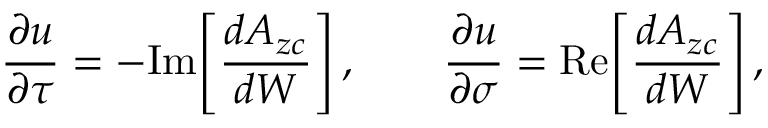
\frac { \partial u } { \partial \tau } = - \mathrm { I m } \! \left[ \frac { d A _ { z c } } { d W } \right] , \qquad \frac { \partial u } { \partial \sigma } = \mathrm { R e } \! \left[ \frac { d A _ { z c } } { d W } \right] ,